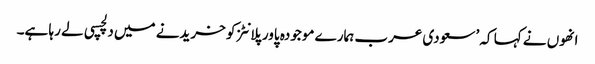
انھوں نے کہا کہ ’سعودی عرب ہمارے موجودہ پاور پلانٹز کو خریدنے میں دلچسپی لے رہا ہے۔